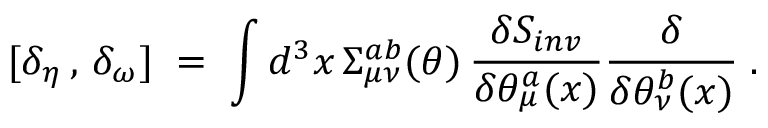
[ \delta _ { \eta } \, , \, \delta _ { \omega } ] \; = \; \int d ^ { 3 } x \, \Sigma _ { \mu \nu } ^ { a b } ( \theta ) \, \frac { \delta S _ { i n v } } { \delta \theta _ { \mu } ^ { a } ( x ) } \frac { \delta } { \delta \theta _ { \nu } ^ { b } ( x ) } \; .